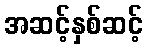
အဆင့်နှစ်ဆင့်